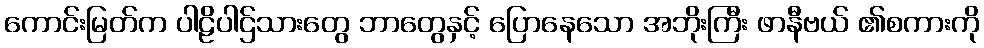
ကောင်းမြတ်က ပါဠိပါဌ်သားတွေ ဘာတွေနှင့် ပြောနေသော အဘိုးကြီး ဖာနီဗယ် ၏စကားကို